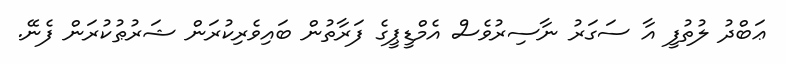
ޢަބްދު ލުތުފީ އާ ސަގަރު ނާސިރުވެސް އެމްޑީޕީގެ ފަރާތުން ބައިވެރިކުރަން ޝަރުޠުކުރަން ފެނޭ.